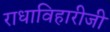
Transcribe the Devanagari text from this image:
राधाविहारीजी